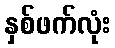
နှစ်ဖက်လုံး